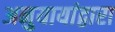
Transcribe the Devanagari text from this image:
अनुयायांद्वारा